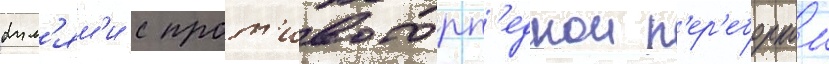
бул'ям'и с прот'ивоторп'еднои п'ер'еборкои